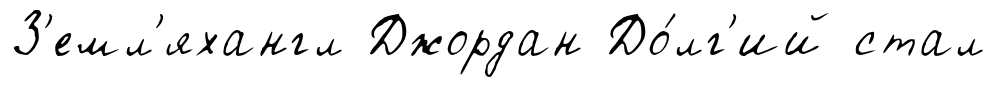
З'емл'яхангл Джордан До́лг'ий стал